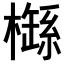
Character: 𣛐